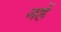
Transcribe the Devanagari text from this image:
नहें